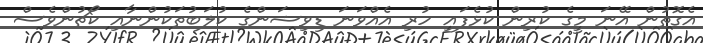
އެގޮތުން އޭނަ މީގެ ކުރިން ކުޅެފައި ހުރި އެއްވަނަ ޑިވިޝަންގެ ކުލަބުތަކުންނާއި ކޯޗުންވެސް